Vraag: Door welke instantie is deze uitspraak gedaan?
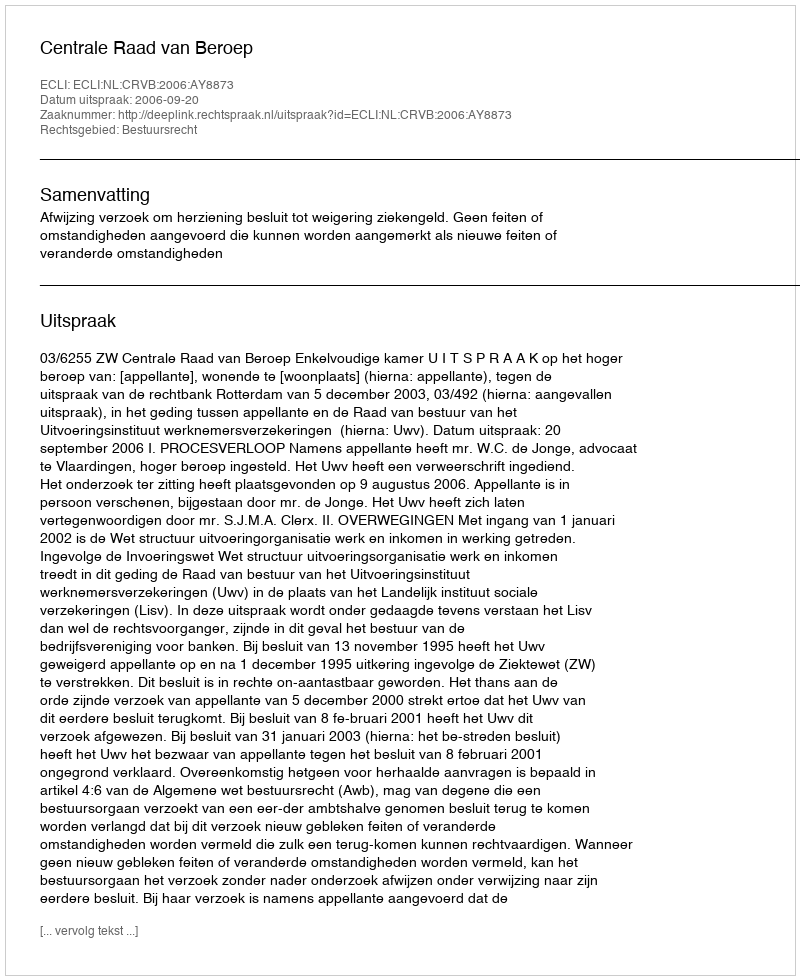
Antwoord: Centrale Raad van Beroep